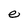
Character: e